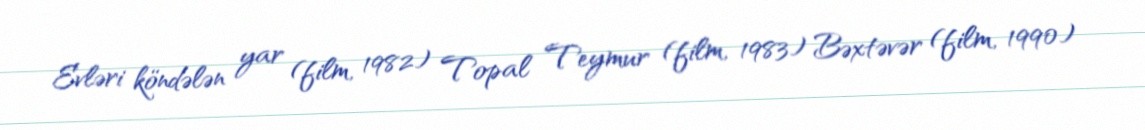
Evləri köndələn yar (film, 1982) Topal Teymur (film, 1983) Bəxtəvər (film, 1990)